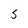
Character: S